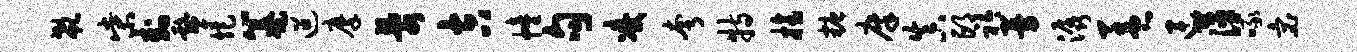
欷柴卦鼙炬纂迢摩乱吉幢句凌夸特榜糖廪真邙衿曼潺盖连萍啄宓